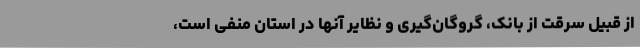
از قبیل سرقت از بانک، گروگان‌گیری و نظایر آنها در استان منفی است،